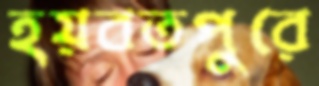
হয়বতপুরে